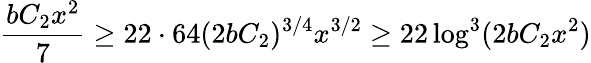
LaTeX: \frac{bC_{2}x^{2}}{7}\geq 22\cdot 64(2bC_{2})^{3/4}x^{3/2}\geq 22\log^{3}(2bC_{2}x^{2})